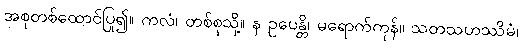
အစုတစ်ထောင်ပြု၍။ ကလံ၊ တစ်စုသို့။ န ဥပေန္တိ၊ မရောက်ကုန်။ သတသဟဿိမံ၊